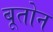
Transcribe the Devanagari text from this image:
बूतोन